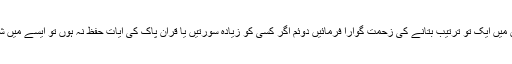
چاررکعت والی سنت نمازوں میں ایک تو ترتیب بتانے کی زحمت گوارا فرمائیں دوئم اگر کسی کو زیادہ سورتیں یا قرآن پاک کی آیات حفظ نہ ہوں تو ایسے میں شرعی طور کیا کرناہوتا ہے؟